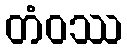
တံဝဿ